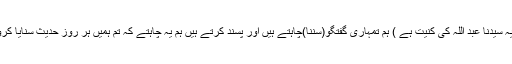
(یہ سیدنا عبد اللہؓ کی کنیت ہے ) ہم تمہاری گفتگو(سننا)چاہتے ہیں اور پسند کرتے ہیں ہم یہ چاہتے کہ تم ہمیں ہر روز حدیث سنایا کرو۔